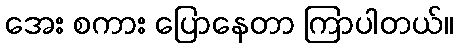
အေး စကား ပြောနေတာ ကြာပါတယ်။